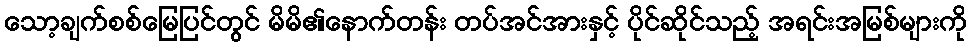
သော့ချက်စစ်မြေပြင်တွင် မိမိ၏နောက်တန်း တပ်အင်အားနှင့် ပိုင်ဆိုင်သည့် အရင်းအမြစ်များကို